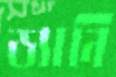
ড্যানি